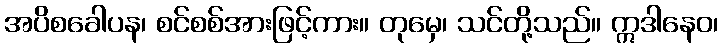
အပိစခေါပန၊ စင်စစ်အားဖြင့်ကား။ တုမှေ၊ သင်တို့သည်။ ဣဒါနေဝ၊